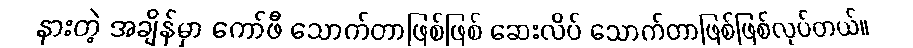
နားတဲ့ အချိန်မှာ ကော်ဖီ သောက်တာဖြစ်ဖြစ် ဆေးလိပ် သောက်တာဖြစ်ဖြစ်လုပ်တယ်။